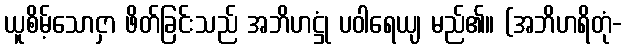
ယူစိမ့်သောငှာ ဖိတ်ခြင်းသည် အဘိဟဋ္ဌုံ ပဝါရေယျ မည်၏။ (အဘိဟရိတုံ-